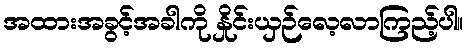
အထားအခွင့်အခါကို နှိုင်းယှဉ်လေ့လာကြည့်ပါ။